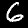
Label: 6